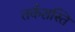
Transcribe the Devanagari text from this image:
तर्कशस्ति